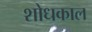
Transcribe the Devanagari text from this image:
शोधकाल